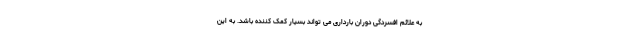
به علائم افسردگی دوران بارداری می تواند بسیار کمک کننده باشد. به این